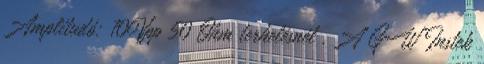
Amplitudó: 10Vpp 50 Ohm terhelésnél . A GW Instek